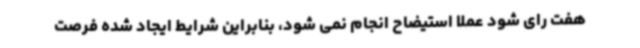
هفت رای شود عملا استیضاح انجام نمی شود، بنابراین شرایط ایجاد شده فرصت